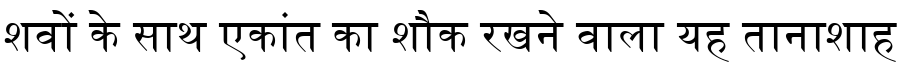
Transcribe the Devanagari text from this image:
शवों के साथ एकांत का शौक रखने वाला यह तानाशाह